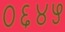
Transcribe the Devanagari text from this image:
०६४५